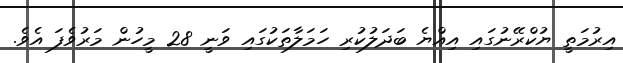
އިރުމަތީ ޔުކްރޭނުގައި އިއްޔެ ބަދަލުކުރި ހަމަލާތަކުގަައި ވަނީ 28 މީހުން މަރުވެފަ އެވެ.